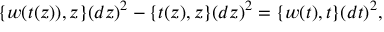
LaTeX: \{ w ( t ( z ) ) , z \} ( d z ) ^ { 2 } - \{ t ( z ) , z \} ( d z ) ^ { 2 } = \{ w ( t ) , t \} ( d t ) ^ { 2 } ,